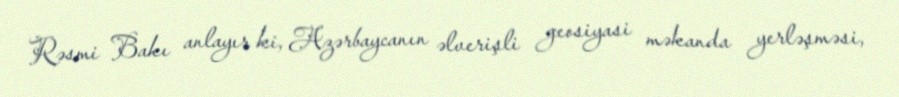
Rəsmi Bakı anlayır ki, Azərbaycanın əlverişli geosiyasi məkanda yerləşməsi,